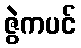
ဇွဲကပင်